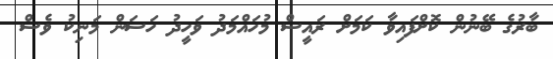
ބާރުގެ ބޭނުން ކޮށްފައިވާ ކަމަށް ރައީސް މުހައްމަދު ވަހީދު ހަސަން މަނިކު ވެސް